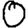
Digit: 0